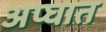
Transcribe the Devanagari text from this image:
अप्घात